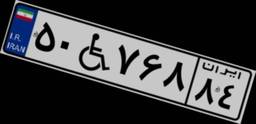
۵۰W۷۶۸۸۴